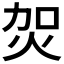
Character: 𤇞